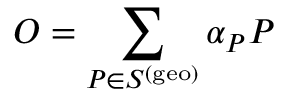
O = \sum _ { P \in S ^ { \mathrm { ( g e o ) } } } \alpha _ { P } P